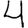
Digit: 4